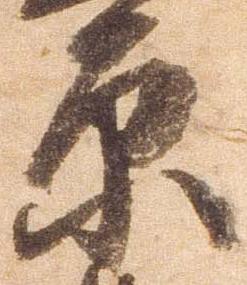
原